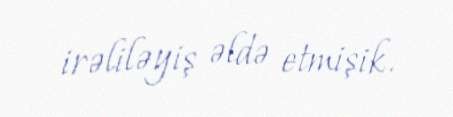
irəliləyiş əldə etmişik.